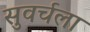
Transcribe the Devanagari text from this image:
सुवर्चला